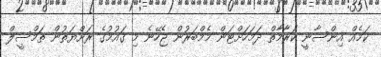
ކަމެއް އިންސާނީ ކަރާމާތް ދަމަހަށްޓަން މެމްބަރުން ޖެހޭނެ މި ގައުމުގެ ރަށްޔަތުން ތަމްސީލް